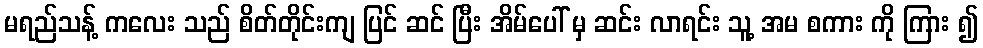
မရည်သန့် ကလေး သည် စိတ်တိုင်းကျ ပြင် ဆင် ပြီး အိမ်ပေါ် မှ ဆင်း လာရင်း သူ့ အမ စကား ကို ကြား ၍